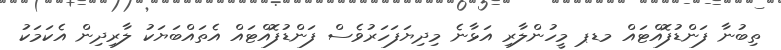
ތިބުނާ ފަންޑުފޮއްޓައް މޑޕ މީހުންލާރި އަޅާނެ މިދިޔަފަހަރުވެސް ފަންޑުފޮއްޓައް އެތައްބަޔަކު ލާރިދިން އެކަމަކަު